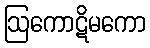
ဩကောဋိမကော